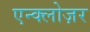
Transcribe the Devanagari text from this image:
एन्क्लोज़र